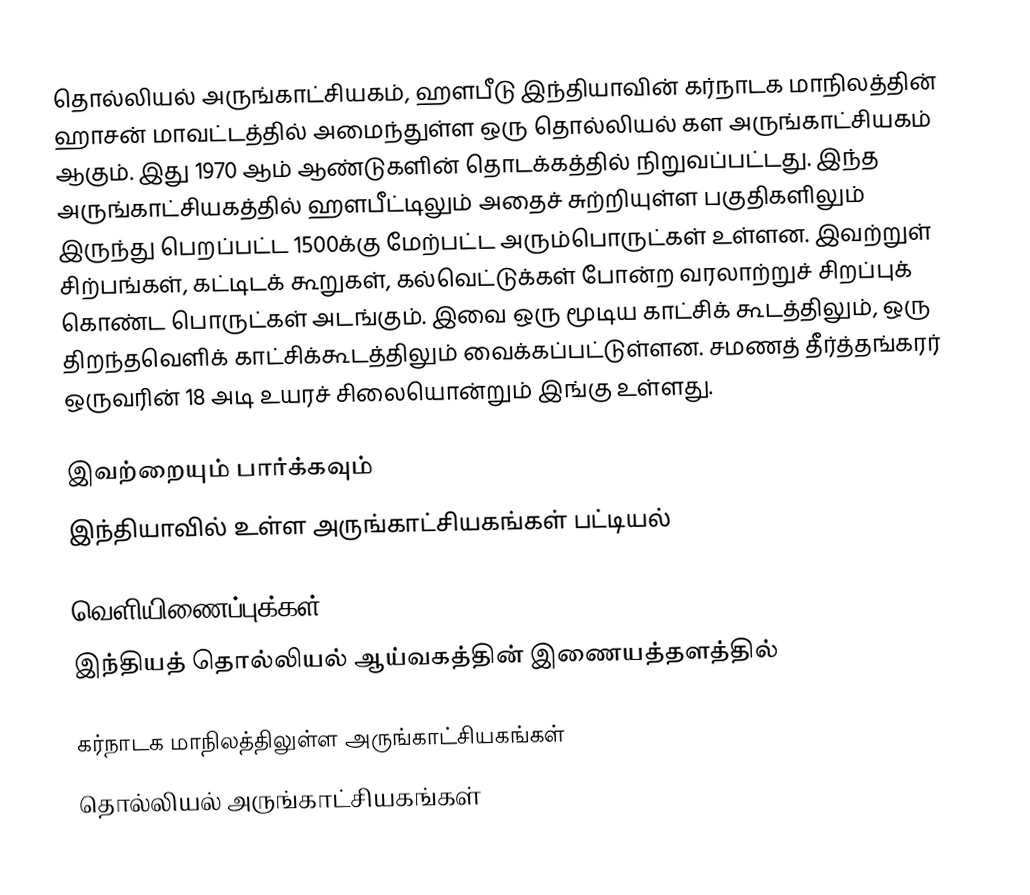
தொல்லியல் அருங்காட்சியகம், ஹளபீடு இந்தியாவின் கர்நாடக மாநிலத்தின் ஹாசன் மாவட்டத்தில் அமைந்துள்ள ஒரு தொல்லியல் கள அருங்காட்சியகம் ஆகும். இது 1970 ஆம் ஆண்டுகளின் தொடக்கத்தில் நிறுவப்பட்டது. இந்த அருங்காட்சியகத்தில் ஹளபீட்டிலும் அதைச் சுற்றியுள்ள பகுதிகளிலும் இருந்து பெறப்பட்ட 1500க்கு மேற்பட்ட அரும்பொருட்கள் உள்ளன. இவற்றுள் சிற்பங்கள், கட்டிடக் கூறுகள், கல்வெட்டுக்கள் போன்ற வரலாற்றுச் சிறப்புக் கொண்ட பொருட்கள் அடங்கும். இவை ஒரு மூடிய காட்சிக் கூடத்திலும், ஒரு திறந்தவெளிக் காட்சிக்கூடத்திலும் வைக்கப்பட்டுள்ளன. சமணத் தீர்த்தங்கரர் ஒருவரின் 18 அடி உயரச் சிலையொன்றும் இங்கு உள்ளது.

இவற்றையும் பார்க்கவும்
 இந்தியாவில் உள்ள அருங்காட்சியகங்கள் பட்டியல்

வெளியிணைப்புக்கள்
 இந்தியத் தொல்லியல் ஆய்வகத்தின் இணையத்தளத்தில்

கர்நாடக மாநிலத்திலுள்ள அருங்காட்சியகங்கள்
தொல்லியல் அருங்காட்சியகங்கள்